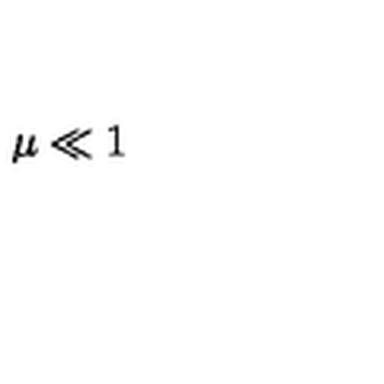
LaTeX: \mu \ll 1 \protect \protect \protect \protect